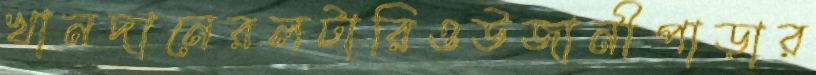
খানদানেরলটারিওউজানীপাড়ার